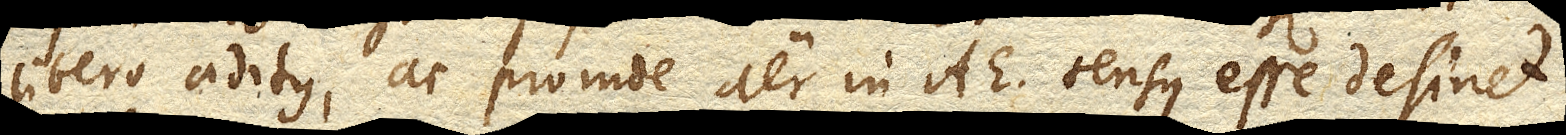
libero aditus, ac proinde aer in AE. tensus esse desinet.